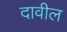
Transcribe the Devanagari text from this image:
दावील